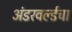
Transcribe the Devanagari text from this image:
अंडरवर्ल्डचा